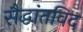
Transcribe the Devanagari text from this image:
सैद्धांतविद